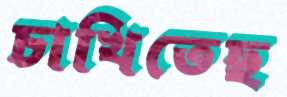
চাখিতেছ